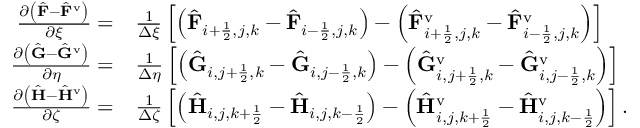
\begin{array} { r l } { \frac { \partial \left( \hat { \mathbf { F } } - \hat { \mathbf { F } } ^ { \mathrm { v } } \right) } { \partial \xi } = } & { \frac { 1 } { \Delta \xi } \left[ \left( \hat { \mathbf { F } } _ { i + \frac { 1 } { 2 } , j , k } - \hat { \mathbf { F } } _ { i - \frac { 1 } { 2 } , j , k } \right) - \left( \hat { \mathbf { F } } _ { i + \frac { 1 } { 2 } , j , k } ^ { \mathrm { v } } - \hat { \mathbf { F } } _ { i - \frac { 1 } { 2 } , j , k } ^ { \mathrm { v } } \right) \right] } \\ { \frac { \partial \left( \hat { \mathbf { G } } - \hat { \mathbf { G } } ^ { \mathrm { v } } \right) } { \partial \eta } = } & { \frac { 1 } { \Delta \eta } \left[ \left( \hat { \mathbf { G } } _ { i , j + \frac { 1 } { 2 } , k } - \hat { \mathbf { G } } _ { i , j - \frac { 1 } { 2 } , k } \right) - \left( \hat { \mathbf { G } } _ { i , j + \frac { 1 } { 2 } , k } ^ { \mathrm { v } } - \hat { \mathbf { G } } _ { i , j - \frac { 1 } { 2 } , k } ^ { \mathrm { v } } \right) \right] } \\ { \frac { \partial \left( \hat { \mathbf { H } } - \hat { \mathbf { H } } ^ { \mathrm { v } } \right) } { \partial \zeta } = } & { \frac { 1 } { \Delta \zeta } \left[ \left( \hat { \mathbf { H } } _ { i , j , k + \frac { 1 } { 2 } } - \hat { \mathbf { H } } _ { i , j , k - \frac { 1 } { 2 } } \right) - \left( \hat { \mathbf { H } } _ { i , j , k + \frac { 1 } { 2 } } ^ { \mathrm { v } } - \hat { \mathbf { H } } _ { i , j , k - \frac { 1 } { 2 } } ^ { \mathrm { v } } \right) \right] . } \end{array}